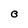
Character: O